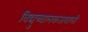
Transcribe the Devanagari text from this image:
विद्युच्चालकतावाली